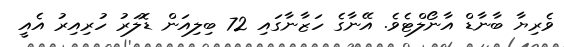
ވެރިޔާ ބާނާޑް އާނޯލްޓެވެ. އޭނާގެ ހަޒާނާގައި 72 ބިލިއަން ޑޮލަރު ހުރިއިރު އެއީ